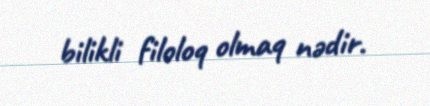
bilikli filoloq olmaq nədir.